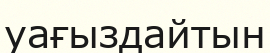
уағыздайтын